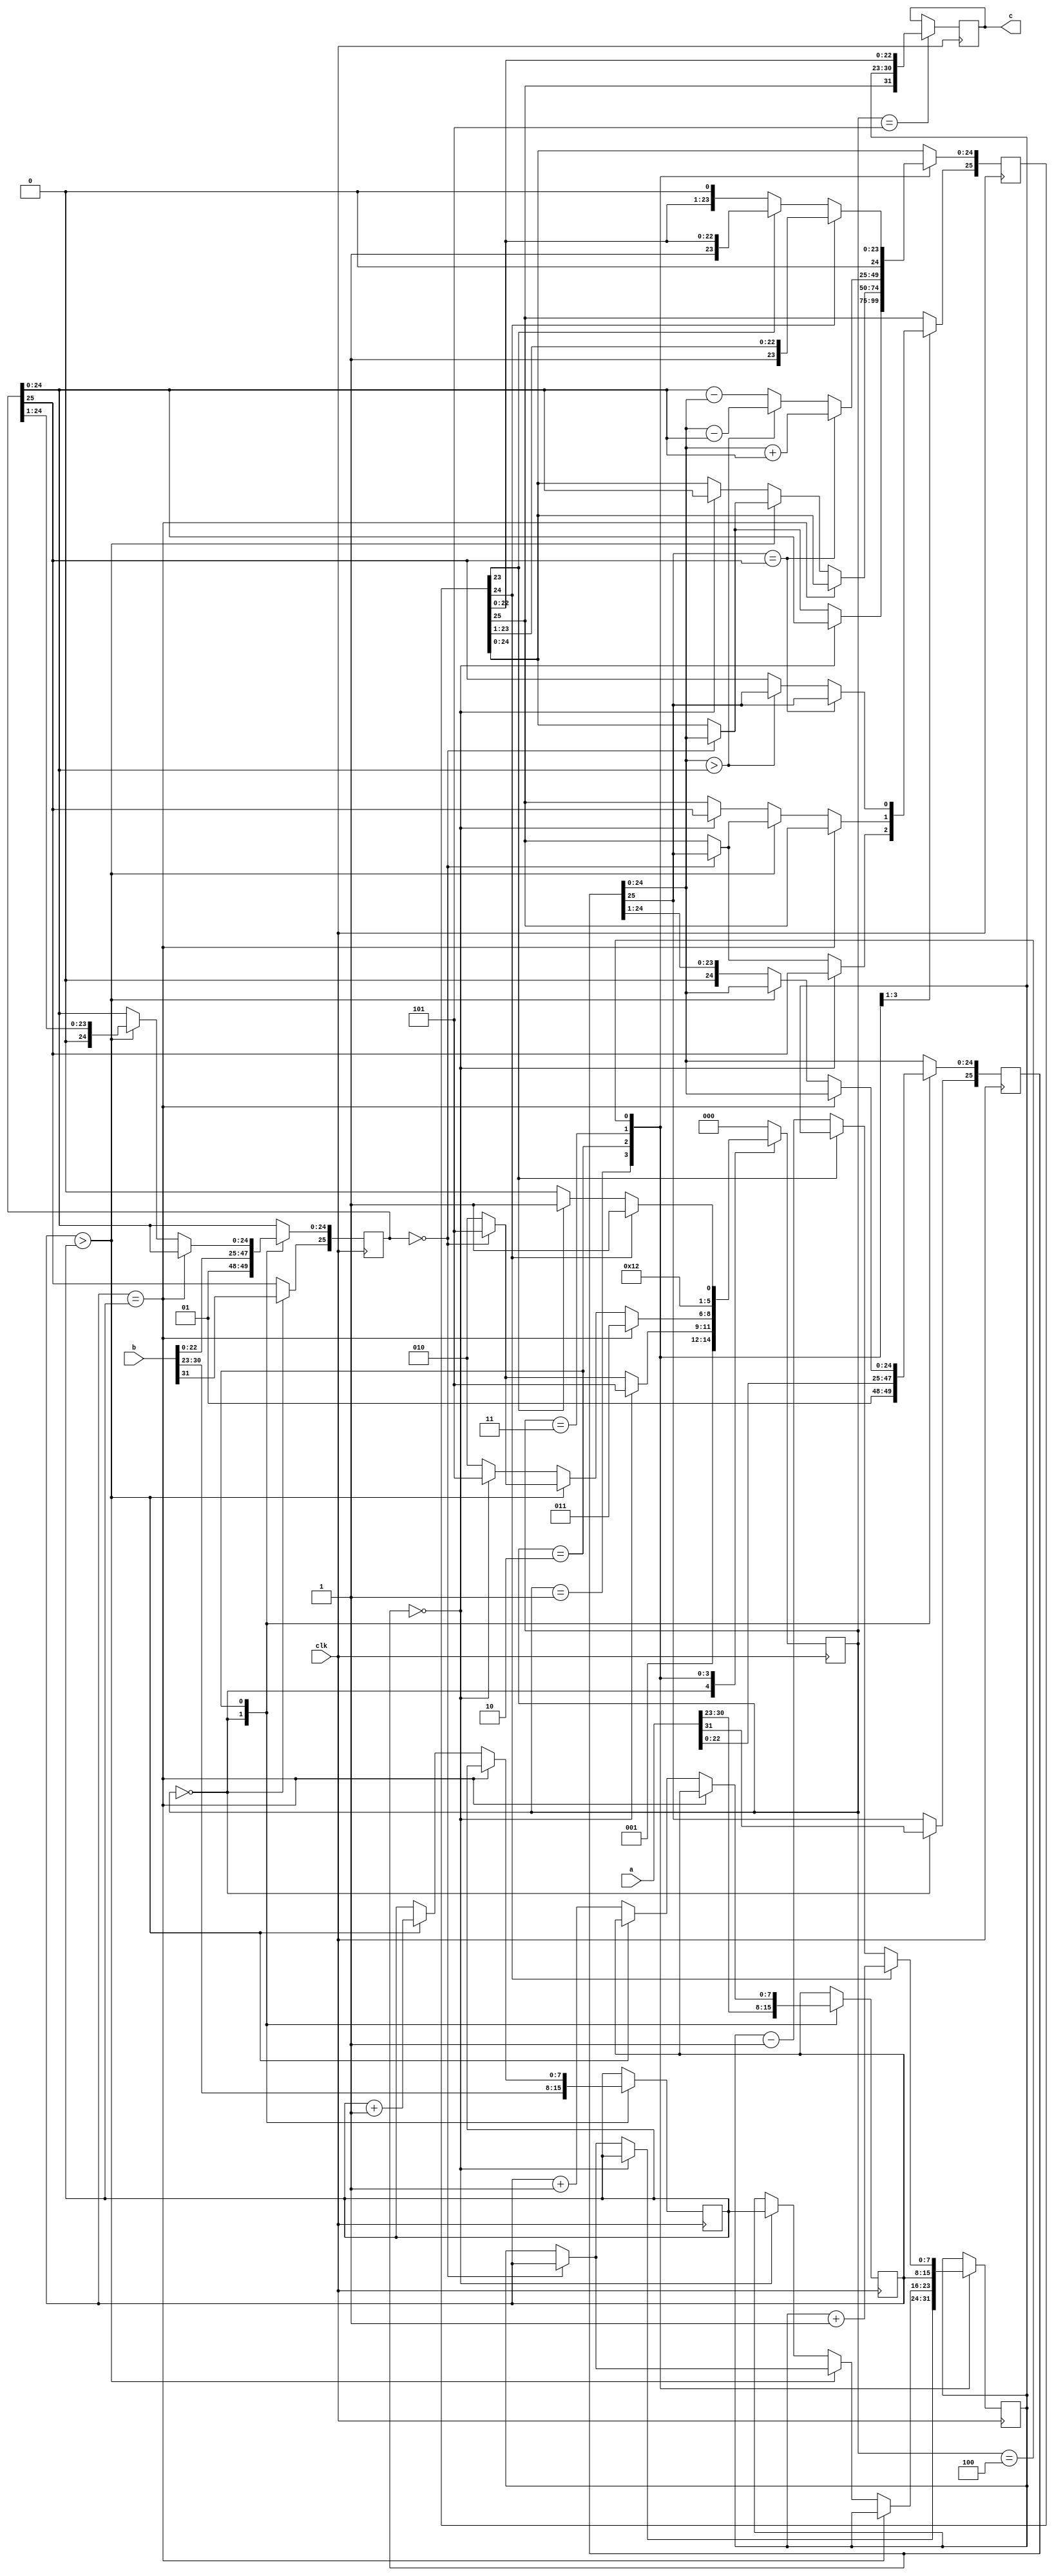
`timescale 1ns / 1ps
//////////////////////////////////////////////////////////////////////////////////
// Company: 
// Engineer: 
// 
// Design Name: 
// Module Name: jiafa
// Project Name: 
// Target Devices: 
// Tool Versions: 
// Description: 
// 
// Dependencies: 
// 
// Revision:
// Revision 0.01 - File Created
// Additional Comments:
// 
//////////////////////////////////////////////////////////////////////////////////


module jiafa(clk,a,b,c);
input   clk;
input   [31:0]a,b;
output  reg [31:0]  c;
reg [25:0]  aw,bw,cw;
reg [7:0]   az,bz,cz;
reg [2:0]   state;
parameter   start=3'b000,zero=3'b001,duiqi=3'b010,xiangjia=3'b011,guigehua=3'b100,over=3'b101;
always@(posedge clk)
begin
case(state)
start:
    begin
        aw<={a[31],1'b0,1'b1,a[22:0]};
        az<=a[30:23];
        bw<={b[31],1'b0,1'b1,b[22:0]};
        bz<=b[30:23];
        state<=zero;
     end
zero:
    begin
        if(aw==0)
            begin
               cw<=bw;
               cz<=bz;
               state<=over;
            end
        else if(bw==0)
            begin
               cw<=aw;
               cz<=az;
               state<=over;
            end
        else
            state<=duiqi;
    end        
duiqi:
    begin
        if(az==bz)
            state<=xiangjia;
        else if(az>bz)
            begin
                bz<=bz+1;  
                bw[24:0]<={1'b0,bw[24:1]};
                if(bw==0)
                    begin
                      cw<=aw;
                      cz<=az;
                      state<=over;
                     end
                else
                     state<=duiqi;
             end
             else
            begin
                az<=az+1;  
                aw[24:0]<={1'b0,aw[24:1]};
                if(aw==0)
                    begin
                      cw<=bw;
                      cz<=bz;
                      state<=over;
                     end
                else
                     state<=duiqi;
             end
      end
xiangjia:
    begin
        if(aw[25]==bw[25])
            begin
                cw[25]<=aw[25];
                cw[24:0]<=aw[24:0]+bw[24:0];
            end
        else
            if(aw[24:0]>bw[24:0])
                begin
                    cw[25]<=aw[25];
                    cw[24:0]<=aw[24:0]-bw[24:0];
                end
             else
                begin
                    cw[25]<=bw[25];
                    cw[24:0]<=bw[24:0]-aw[24:0];
                end
         cz<=az;
         state<=guigehua;
     end
guigehua:
    begin
        if(cw[24]==1)
            begin
                cw[24:0]<={1'b0,cw[24:1]};
                cz<=cz+1;
                state<=over;
            end
        else
        begin
             if(cw[23]==0)
                begin
                    cw[24:0]<={cw[23:0],1'b0};
                    cz<=cz-1;
                    state<=guigehua;
                end
             else
                 state<=over;   
         end      
     end
over:
    begin
        c<={cw[25],cz[7:0],cw[22:0]};  
        state<=start;
    end
default:
    begin
         state<=start;
    end
 endcase                                             
end
    
endmodule